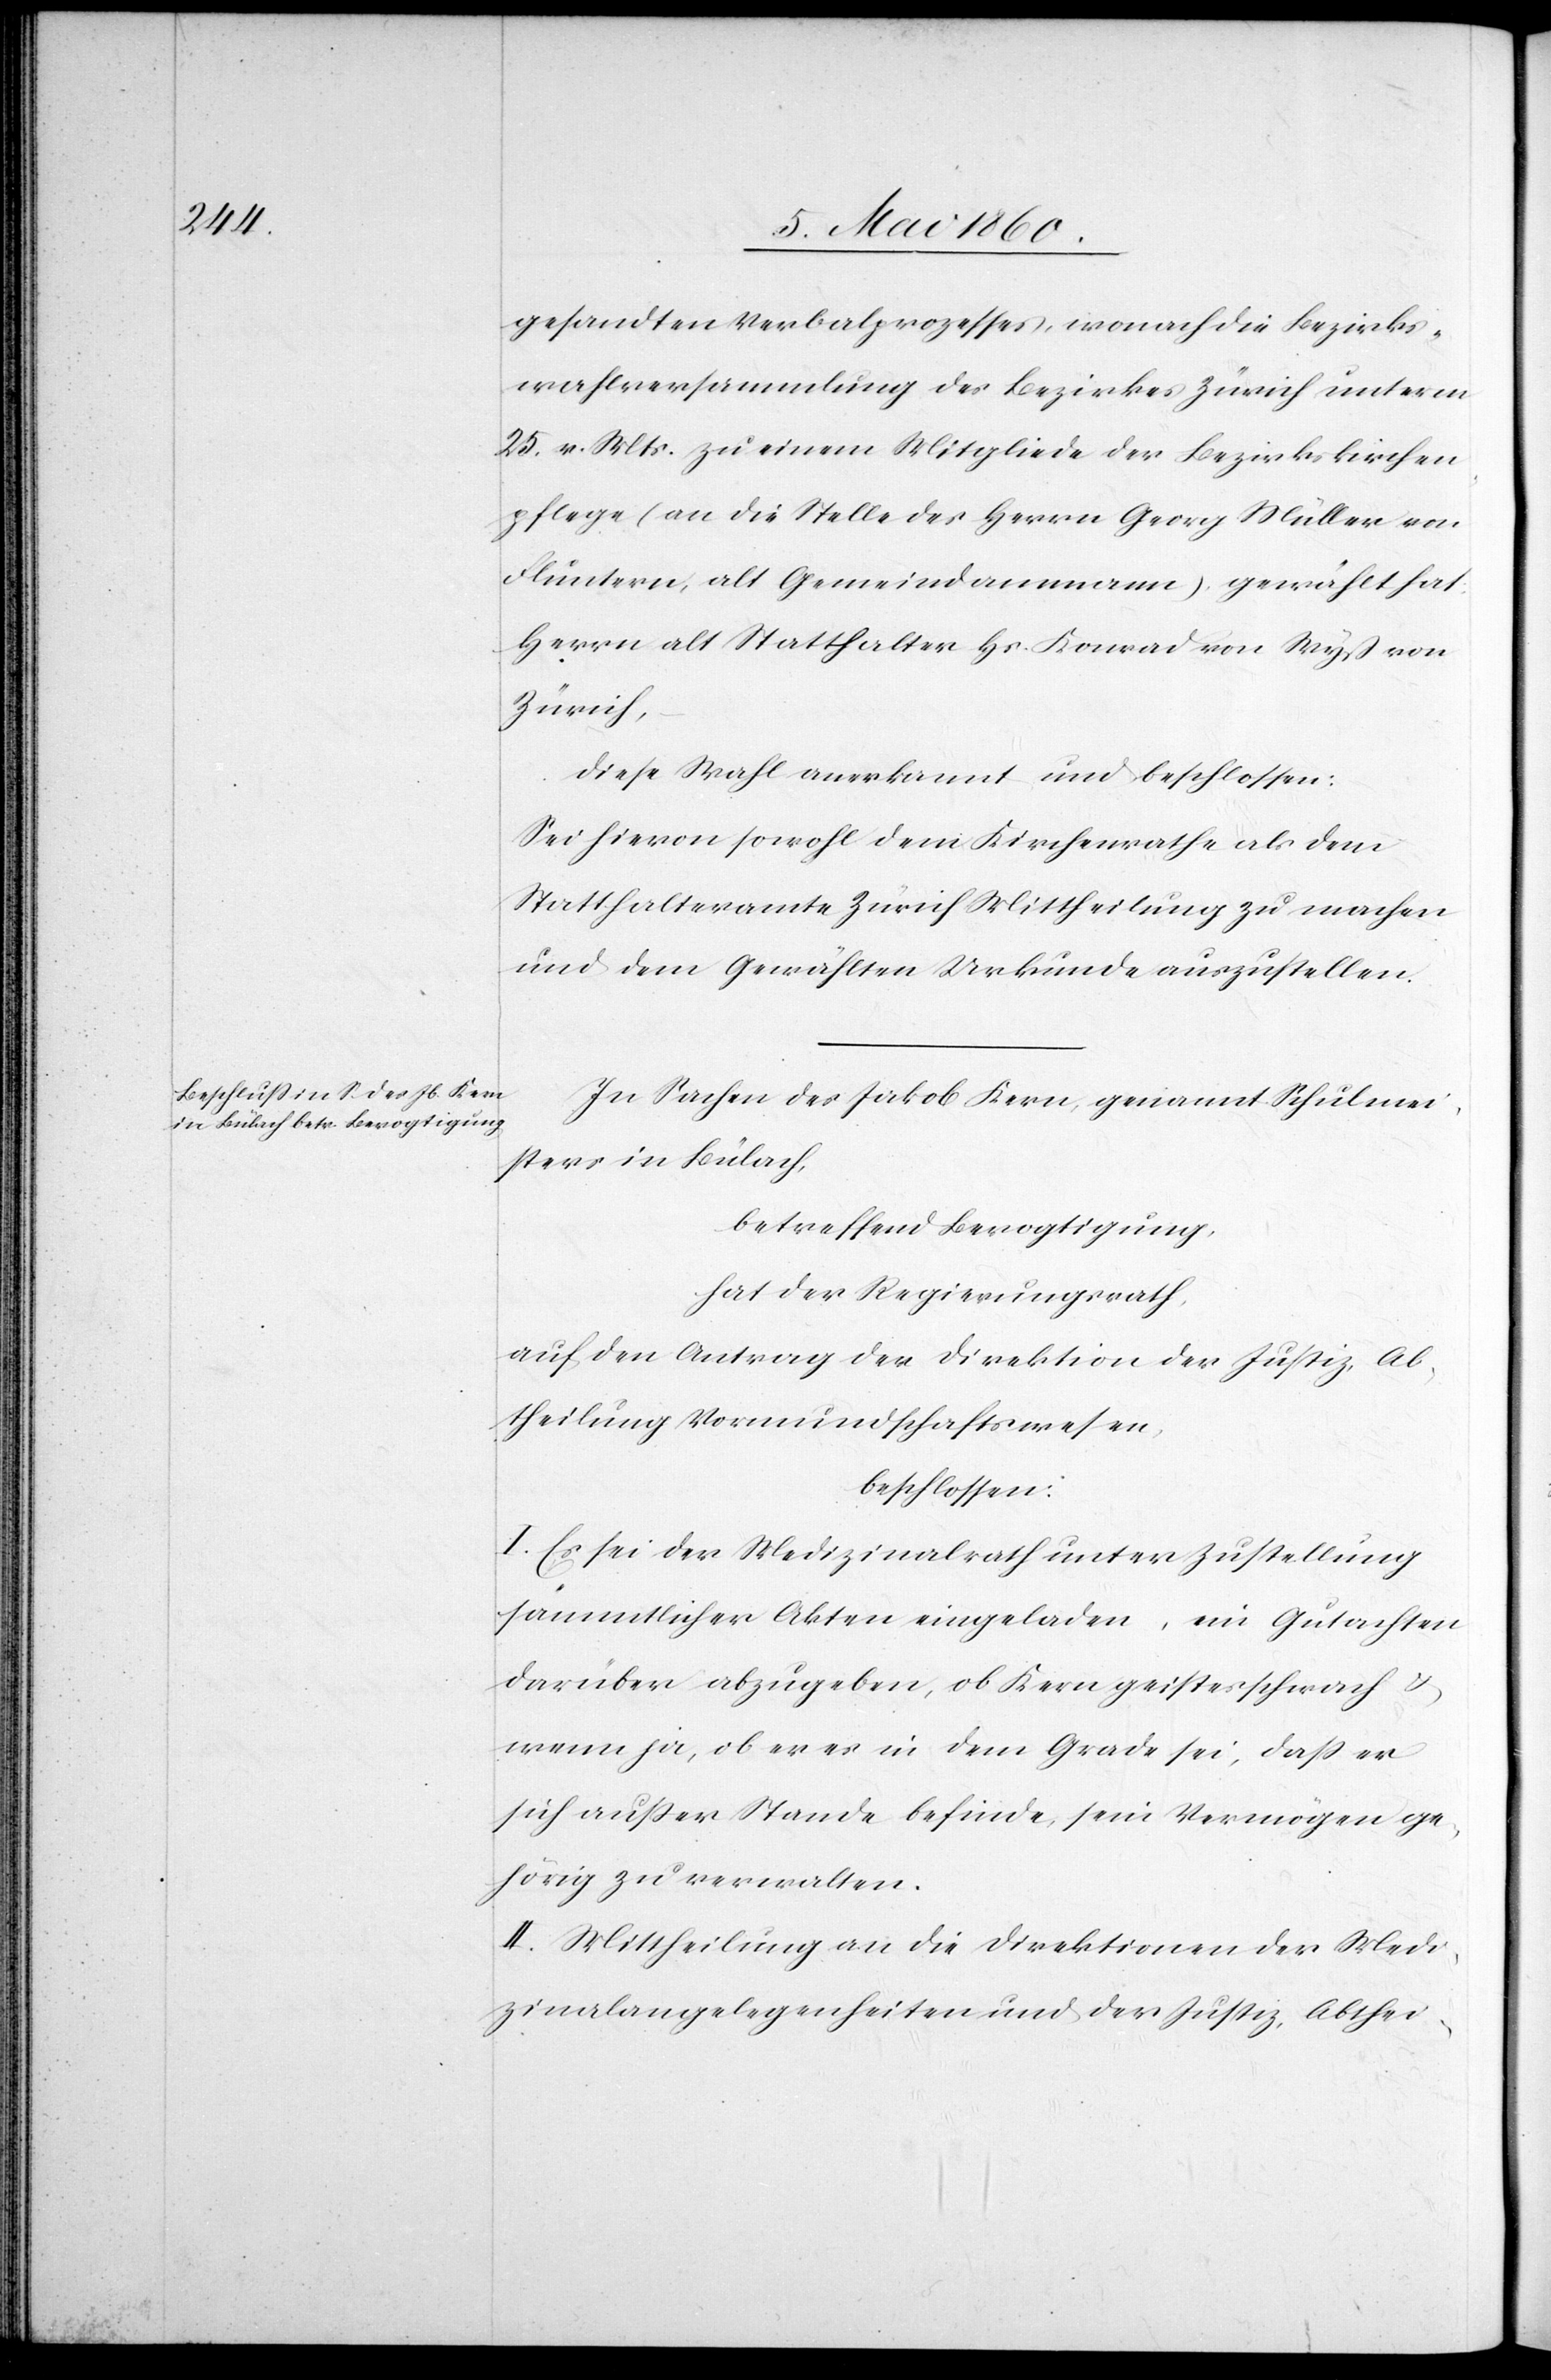
gesandten Verbalprozesses, wonach die Bezirks¬
wahlversammlung des Bezirkes Zürich unterm
25. . Mts. zu einem Mitgliede der Bezirkskirchen¬
pflege (an die Stelle des Herrn Georg Müller von
Fluntern, alt Gemeindammann) gewählt hat:
Herrn alt Statthalter Hs. Konrad von Wyß von
Zürich,
diese Wahl anerkannt und beschlossen:
Sei hievon sowohl dem Kirchenrathe als dem
Statthalteramte Zürich Mittheilung zu machen
und dem Gewählten Urkunde auszustellen.
In Sachen des Jakob Kern, genannt Schulmei¬
sters in Bülach,
betreffend Bevogtigung,
hat der Regierungsrath,
auf den Antrag der Direktion der Justiz, Ab¬
theilung Vormundschaftswesen,
beschlossen.
I. Es sei der Medizinalrath unter Zustellung
sämmtlicher Akten eingeladen, ein Gutachten
darüber abzugeben, ob Kern geisteskrank u.
wenn ja, ob er es in dem Grade sei, dass er
sich ausser Stande befinde, sein Vermögen ge¬
hörig zu verwalten.
II. Mittheilung an die Direktionen der Medi¬
zinalangelegenheiten und der Justiz, Abthei-